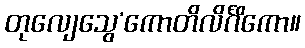
တုလျေသွေ’ကောတိလိင်္ဂိကော။